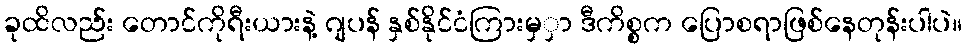
ခုထိလည်း တောင်ကိုရီးယားနဲ့ ဂျပန် နှစ်နိုင်ငံကြားမှှာ ဒီကိစ္စက ပြောစရာဖြစ်နေတုန်းပါပဲ။